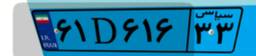
۶۱D۶۱۶۳۳